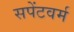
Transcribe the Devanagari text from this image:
सपेंटवर्म